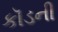
કૉડની